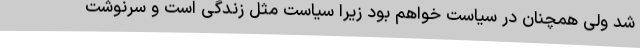
شد ولی همچنان در سیاست خواهم بود زیرا سیاست مثل زندگی است و سرنوشت